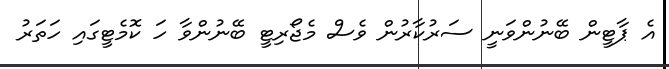
އެ ޕާޓީން ބޭނުންވަނީ ސަރުކާރުން ވެސް މެޖޯރިޓީ ބޭނުންވާ ހަ ކޮމެޓީގައި ހަތަރު